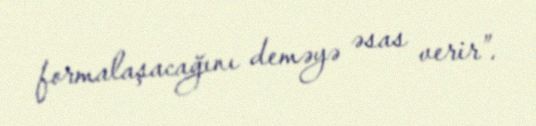
formalaşacağını deməyə əsas verir”.